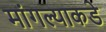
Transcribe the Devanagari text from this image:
मांगल्याकडे